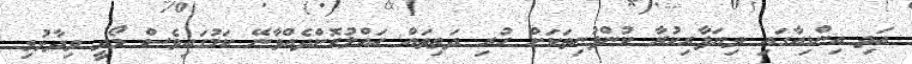
އަދި އިންޑިއާގައި ވިޔަފާރިކުރާ ކުންފުނިތަކަށް ހުރި ދަތިތައް ހައްލުކޮށްދެއްވާނޭ ކަމުގައިވެސް މޯދީ ވިދާޅުވި